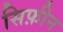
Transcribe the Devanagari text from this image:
सिफ़ीन